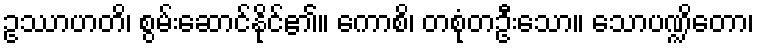
ဥဿာဟတိ၊ စွမ်းဆောင်နိုင်၏။ ကောစိ၊ တစုံတဦးသော။ သောပဏ္ဍိတော၊